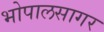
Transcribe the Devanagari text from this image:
भोपालसागर